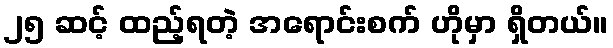
၂၅ ဆင့် ထည့်ရတဲ့ အရောင်းစက် ဟိုမှာ ရှိတယ်။